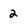
Character: 2